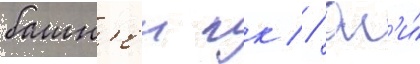
башн'еи гк // Он'и́